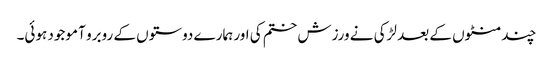
چند منٹوں کے بعد لڑکی نے ورزش ختم کی اور ہمارے دوستوں کے روبرو آ موجود ہوئی۔